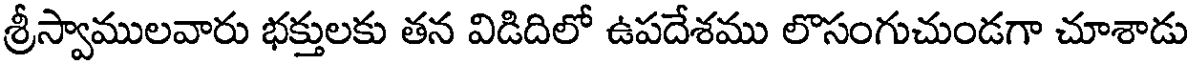
శ్రీస్వాములవారు భక్తులకు తన విడిదిలో ఉపదేశము లొసంగుచుండగా చూశాడు